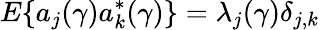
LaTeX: E\{ a_{j}(\gamma)a_{k}^{*}(\gamma)\} =\lambda_{j}(\gamma)\delta_{j,k}